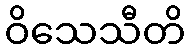
ဝိသေသီတိ